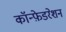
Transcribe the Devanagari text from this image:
कॉन्फ़ेडरेशन